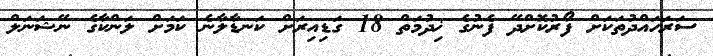
ސަރަހައްދުތަކަށް ފޯރުކޮށްދޭ ފެނުގެ ޚިދުމަތް 18 ގަޑިއިރަށް ކަނޑާލާނެ ކަމަށް ލަންކާގެ ނޭޝަނަލް